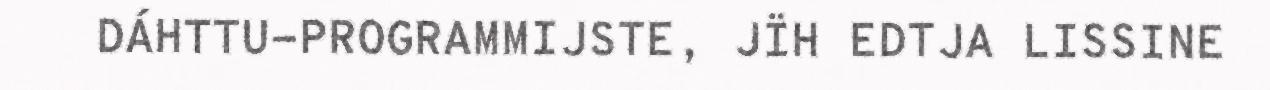
DÁHTTU-PROGRAMMIJSTE, JÏH EDTJA LISSINE